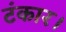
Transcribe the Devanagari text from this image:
टंकार।